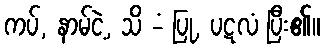
ကပ်, နာမ်ငဲ့, သိ -ံ ပြု, ပဋလံ ပြီး၏။